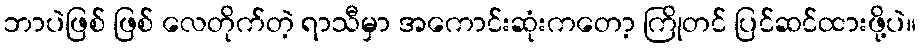
ဘာပဲဖြစ် ဖြစ် လေတိုက်တဲ့ ရာသီမှာ အကောင်းဆုံးကတော့ ကြိုတင် ပြင်ဆင်ထားဖို့ပဲ။